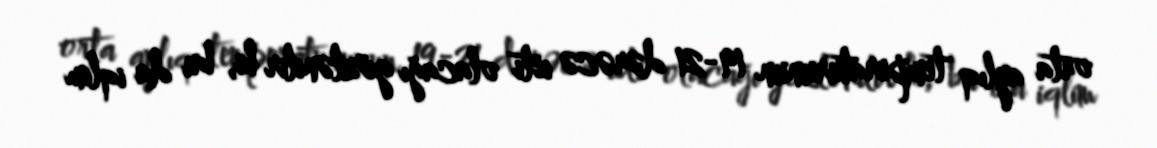
orta aylıq temperaturunun 19-21 dərəcə isti olacağı gözlənilir ki, bu da iqlim